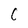
Character: C